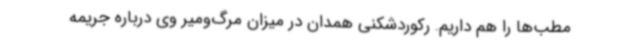
مطب‌ها را هم داریم. رکوردشکنی همدان در میزان مرگ‌ومیر وی درباره جریمه